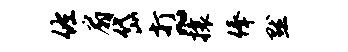
佐扇岱打~攘俸默